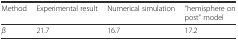
<table><thead><tr><td><b>Method</b></td><td><b>Experimental result</b></td><td><b>Numerical simulation</b></td><td><b>“hemisphere on post” model</b></td></tr></thead><tbody><tr><td><i>β</i></td><td>21.7</td><td>16.7</td><td>17.2</td></tr></tbody></table>